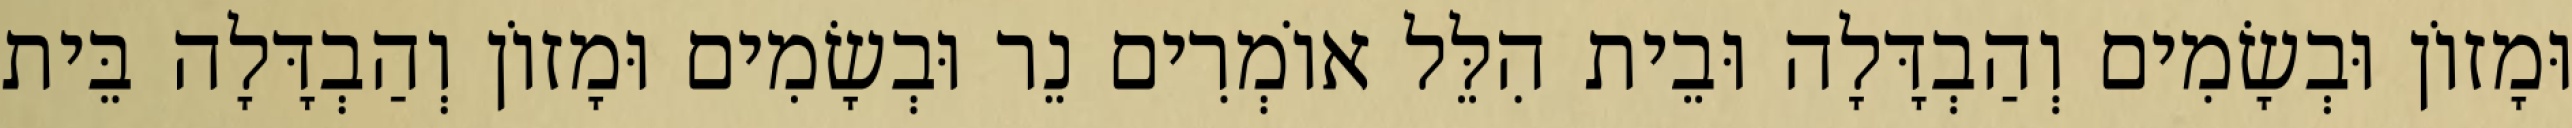
וּמָזוֹן וּבְשָׂמִים וְהַבְדָּלָה וּבֵית הִלֵּל אוֹמְרִים נֵר וּבְשָׂמִים וּמָזוֹן וְהַבְדָּלָה בֵּית